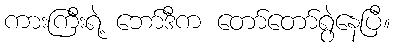
ကားကြီးရဲ့ ဘော်ဒီက တော်တော်ရွဲနေပြီ။